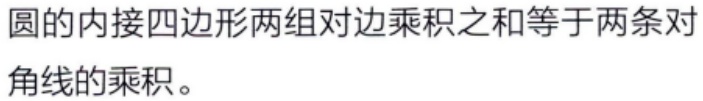
圆的内接四边形两组对边乘积之和等于两条对角线的乘积。